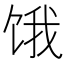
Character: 饿